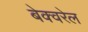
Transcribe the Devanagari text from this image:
बेक्वरेल